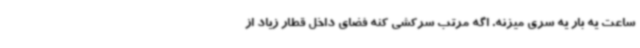
ساعت یه بار یه سری میزنه. اگه مرتب سرکشی کنه فضای داخل قطار زیاد از